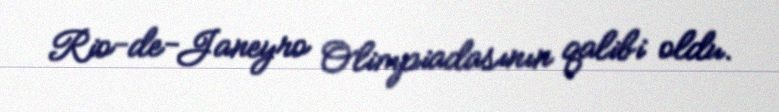
Rio-de-Janeyro Olimpiadasının qalibi oldu.